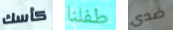
كأسك طفلنا ضدى